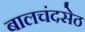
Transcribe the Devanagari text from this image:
बालचंदसेठ